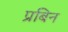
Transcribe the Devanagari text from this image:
प्रबिन